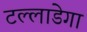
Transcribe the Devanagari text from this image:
टल्लाडेगा